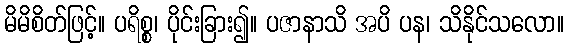
မိမိစိတ်ဖြင့်။ ပရိစ္စ၊ ပိုင်းခြား၍။ ပဇာနာသိ အပိ ပန၊ သိနိုင်သလော။